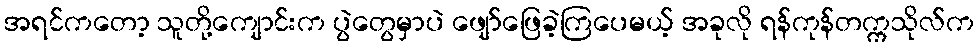
အရင်ကတော့ သူတို့ကျောင်းက ပွဲတွေမှာပဲ ဖျော်ဖြေခဲ့ကြပေမယ့် အခုလို ရန်ကုန်တက္ကသိုလ်က